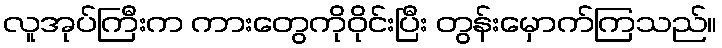
လူအုပ်ကြီးက ကားတွေကိုဝိုင်းပြီး တွန်းမှောက်ကြသည်။